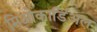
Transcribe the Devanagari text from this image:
मिओकार्डिअल